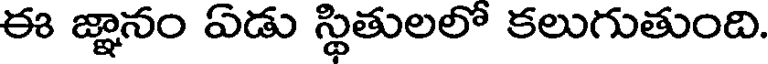
ఈ జ్ఞానం ఏడు స్థితులలో కలుగుతుంది.